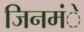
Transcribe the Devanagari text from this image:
जिनमंे